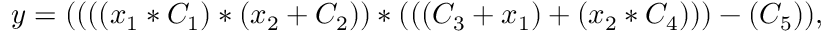
y = ( ( ( ( x _ { 1 } * C _ { 1 } ) * ( x _ { 2 } + C _ { 2 } ) ) * ( ( ( C _ { 3 } + x _ { 1 } ) + ( x _ { 2 } * C _ { 4 } ) ) ) - ( C _ { 5 } ) ) ,